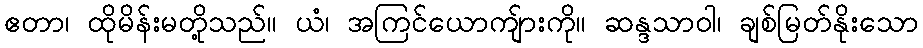
ဧတာ၊ ထိုမိန်းမတို့သည်။ ယံ၊ အကြင်ယောကျ်ားကို။ ဆန္ဒသာဝါ၊ ချစ်မြတ်နိုးသော